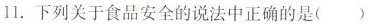
11.下列关于食品安全的说法中正确的是( )。